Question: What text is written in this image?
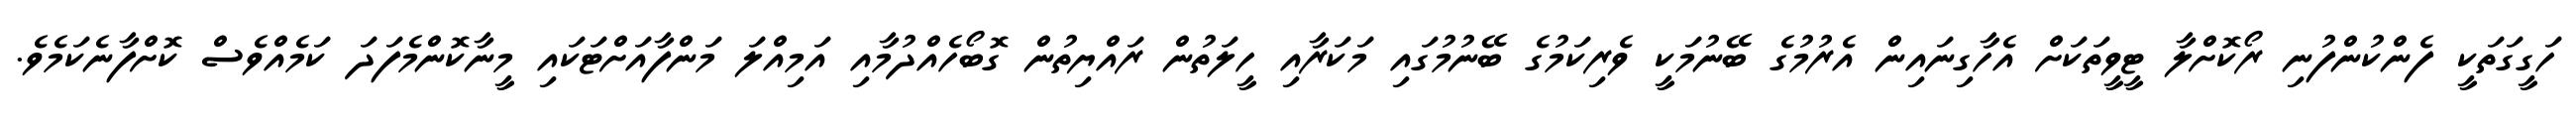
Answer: ހަގީގަތަކީ ފެންކުންފުނި ރޯކޮށްލާ ޓީވީތަކަށް އެހާގިނައިން އެރުމުގެ ބޭނުމަކީ ވެރިކަމުގެ ބޭނުމުގައި މަކަރާއި ހީލަތުން ރައްޔިތުން ގޮބޯހެއްދުމާއި އަމިއްލަ މަންފާއަށްޓަކައި މީނާކޮންމެފަދަ ކަމެއްވެސް ކޮށްފާނެކަމެވެ.